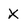
Character: x